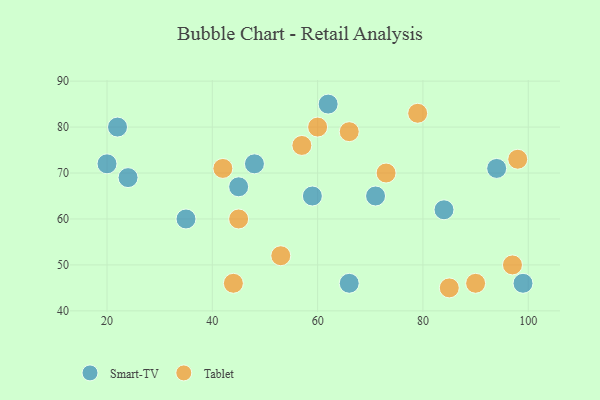
{"axis": {"x": "GDP", "y": "Life Expectancy"}, "legend": ["Smart-TV", "Tablet"], "data": [{"x": "22", "y": 80, "type": "Smart-TV"}, {"x": "94", "y": 71, "type": "Smart-TV"}, {"x": "62", "y": 85, "type": "Smart-TV"}, {"x": "66", "y": 46, "type": "Smart-TV"}, {"x": "99", "y": 46, "type": "Smart-TV"}, {"x": "59", "y": 65, "type": "Smart-TV"}, {"x": "84", "y": 62, "type": "Smart-TV"}, {"x": "71", "y": 65, "type": "Smart-TV"}, {"x": "35", "y": 60, "type": "Smart-TV"}, {"x": "45", "y": 67, "type": "Smart-TV"}, {"x": "20", "y": 72, "type": "Smart-TV"}, {"x": "48", "y": 72, "type": "Smart-TV"}, {"x": "24", "y": 69, "type": "Smart-TV"}, {"x": "42", "y": 71, "type": "Tablet"}, {"x": "44", "y": 46, "type": "Tablet"}, {"x": "85", "y": 45, "type": "Tablet"}, {"x": "98", "y": 73, "type": "Tablet"}, {"x": "66", "y": 79, "type": "Tablet"}, {"x": "57", "y": 76, "type": "Tablet"}, {"x": "90", "y": 46, "type": "Tablet"}, {"x": "53", "y": 52, "type": "Tablet"}, {"x": "97", "y": 50, "type": "Tablet"}, {"x": "73", "y": 70, "type": "Tablet"}, {"x": "45", "y": 60, "type": "Tablet"}, {"x": "60", "y": 80, "type": "Tablet"}, {"x": "79", "y": 83, "type": "Tablet"}]}